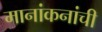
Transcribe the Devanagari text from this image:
मानांकनांची